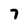
Character: 7